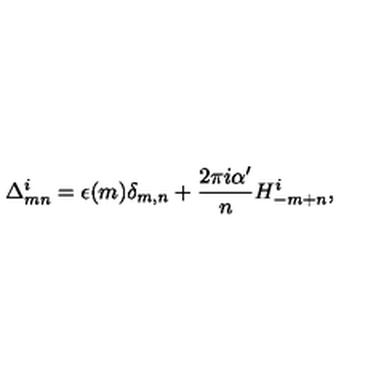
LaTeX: \Delta _ { m n } ^ { i } = \epsilon ( m ) \delta _ { m , n } + \frac { 2 \pi i \alpha ^ { \prime } } { n } H _ { - m + n } ^ { i } ,